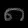
Digit: ၈